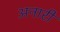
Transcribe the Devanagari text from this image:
अनारी